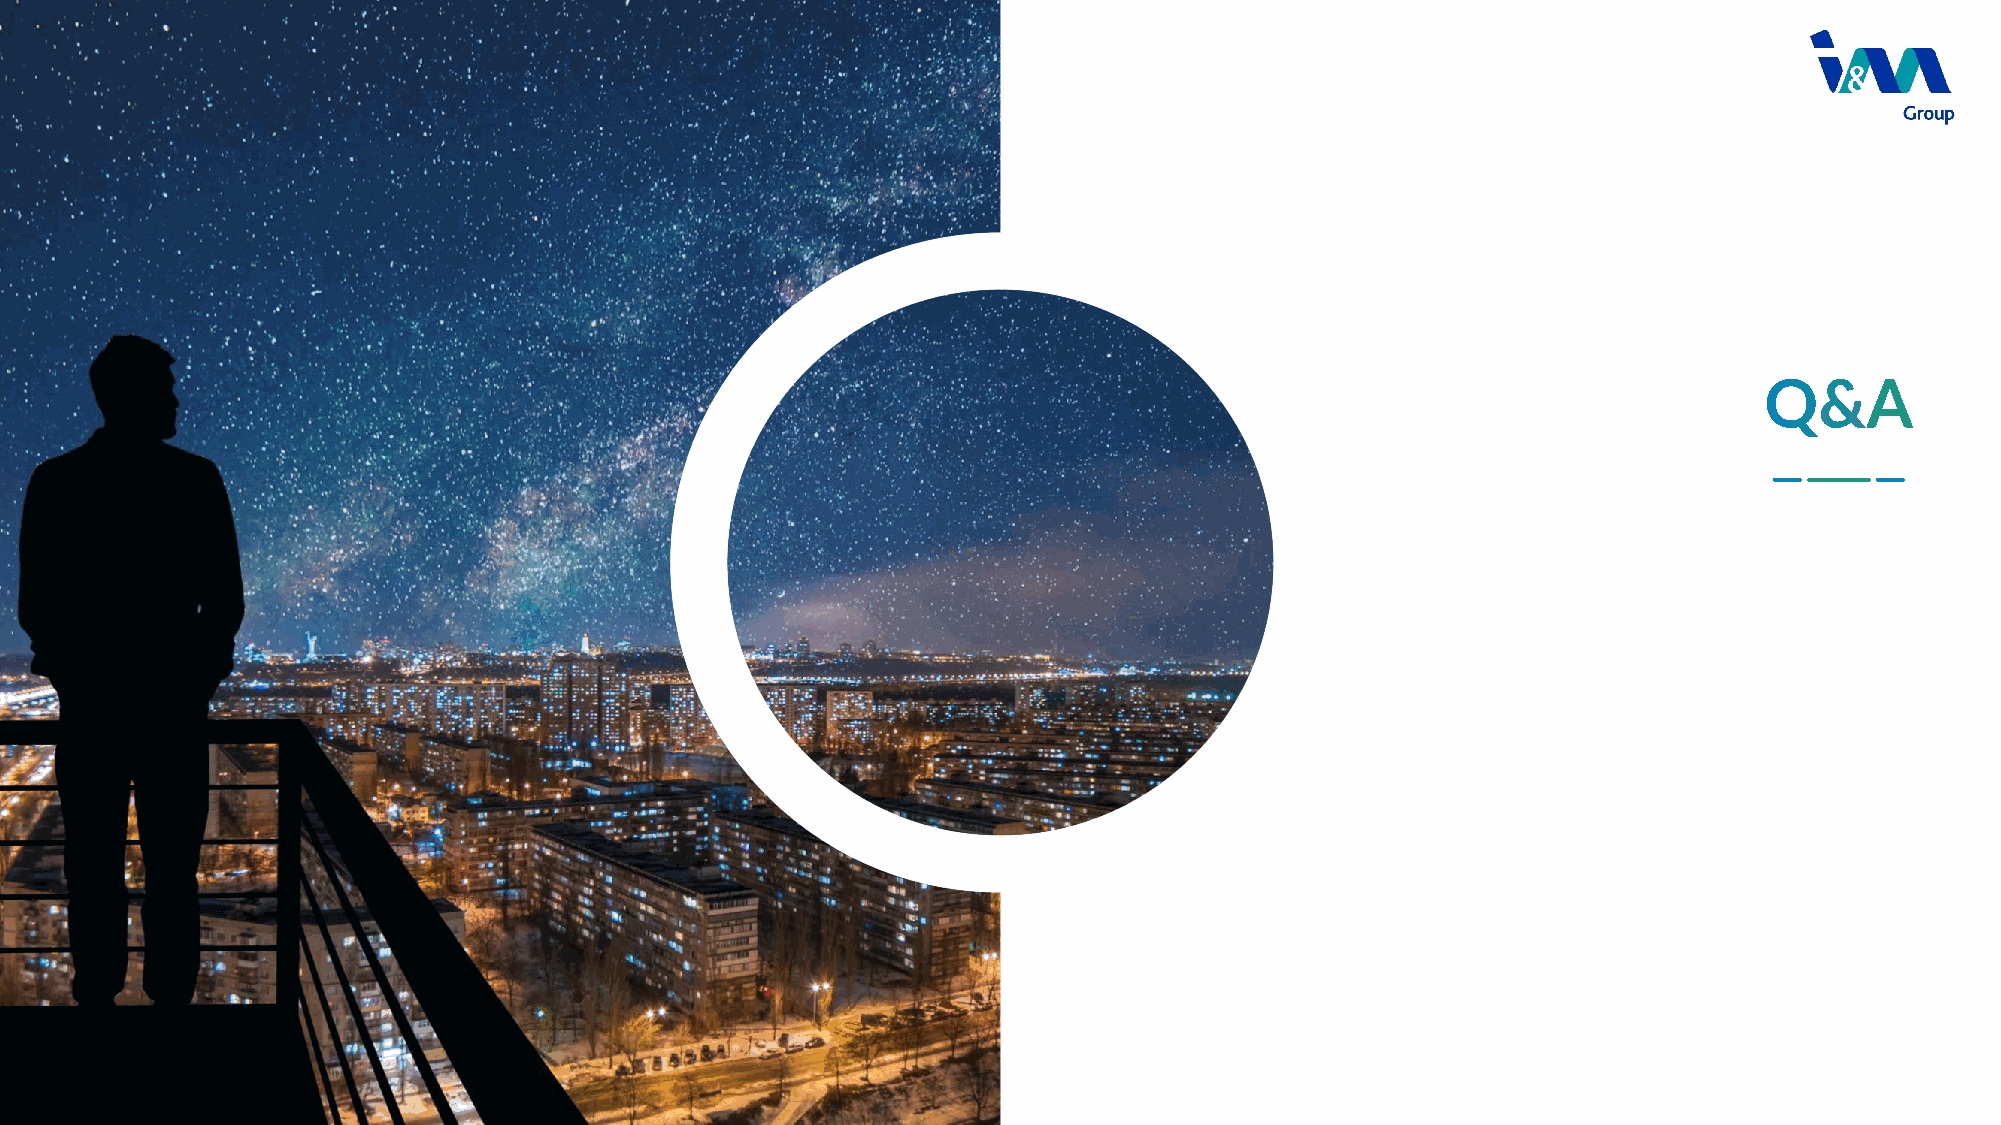
How     Do   You    Write    An
 Annual     Report     For   A  Small
 Business?
 A good annual report will include:
 • The company's name, address, and type of
 business it does.
 • An annual report letter to the shareholders,
 %
 written by the owner or director of the             20
 company.
 • A balance sheet, which shows your company's
 current financial status.
 SAMPLE    TEXT
 • An income statement, which shows profits and
 losses.
 Lorem Ipsum is simply dummy
 text of the printing and
 typesetting industry.
 IMAGINATION
 Nam ornate pharetra seem vitae
 bandit. Aliquam sed masa vitae
 CREATIVITY
 Nam ornate pharetra seem vitae
 bandit. Aliquam sed masa vitae
 I&M Group PLC  44